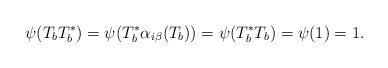
LaTeX: \begin{align*}\psi(T_bT_b^*)=\psi(T_b^*\alpha_{i\beta}(T_b))=\psi(T_b^*T_b)=\psi(1)=1.\end{align*}